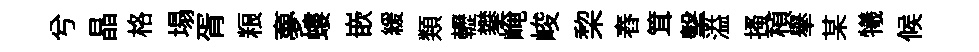
兮晶格塌胥粮夣螻嵌緩類轣攀崦峻棃舂䇯擊溢搔楨𦦙某犧候